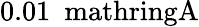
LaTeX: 0.01\ \mathrm{\ mathring{A}}